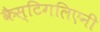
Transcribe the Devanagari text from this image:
कैस्टिगलिएनी